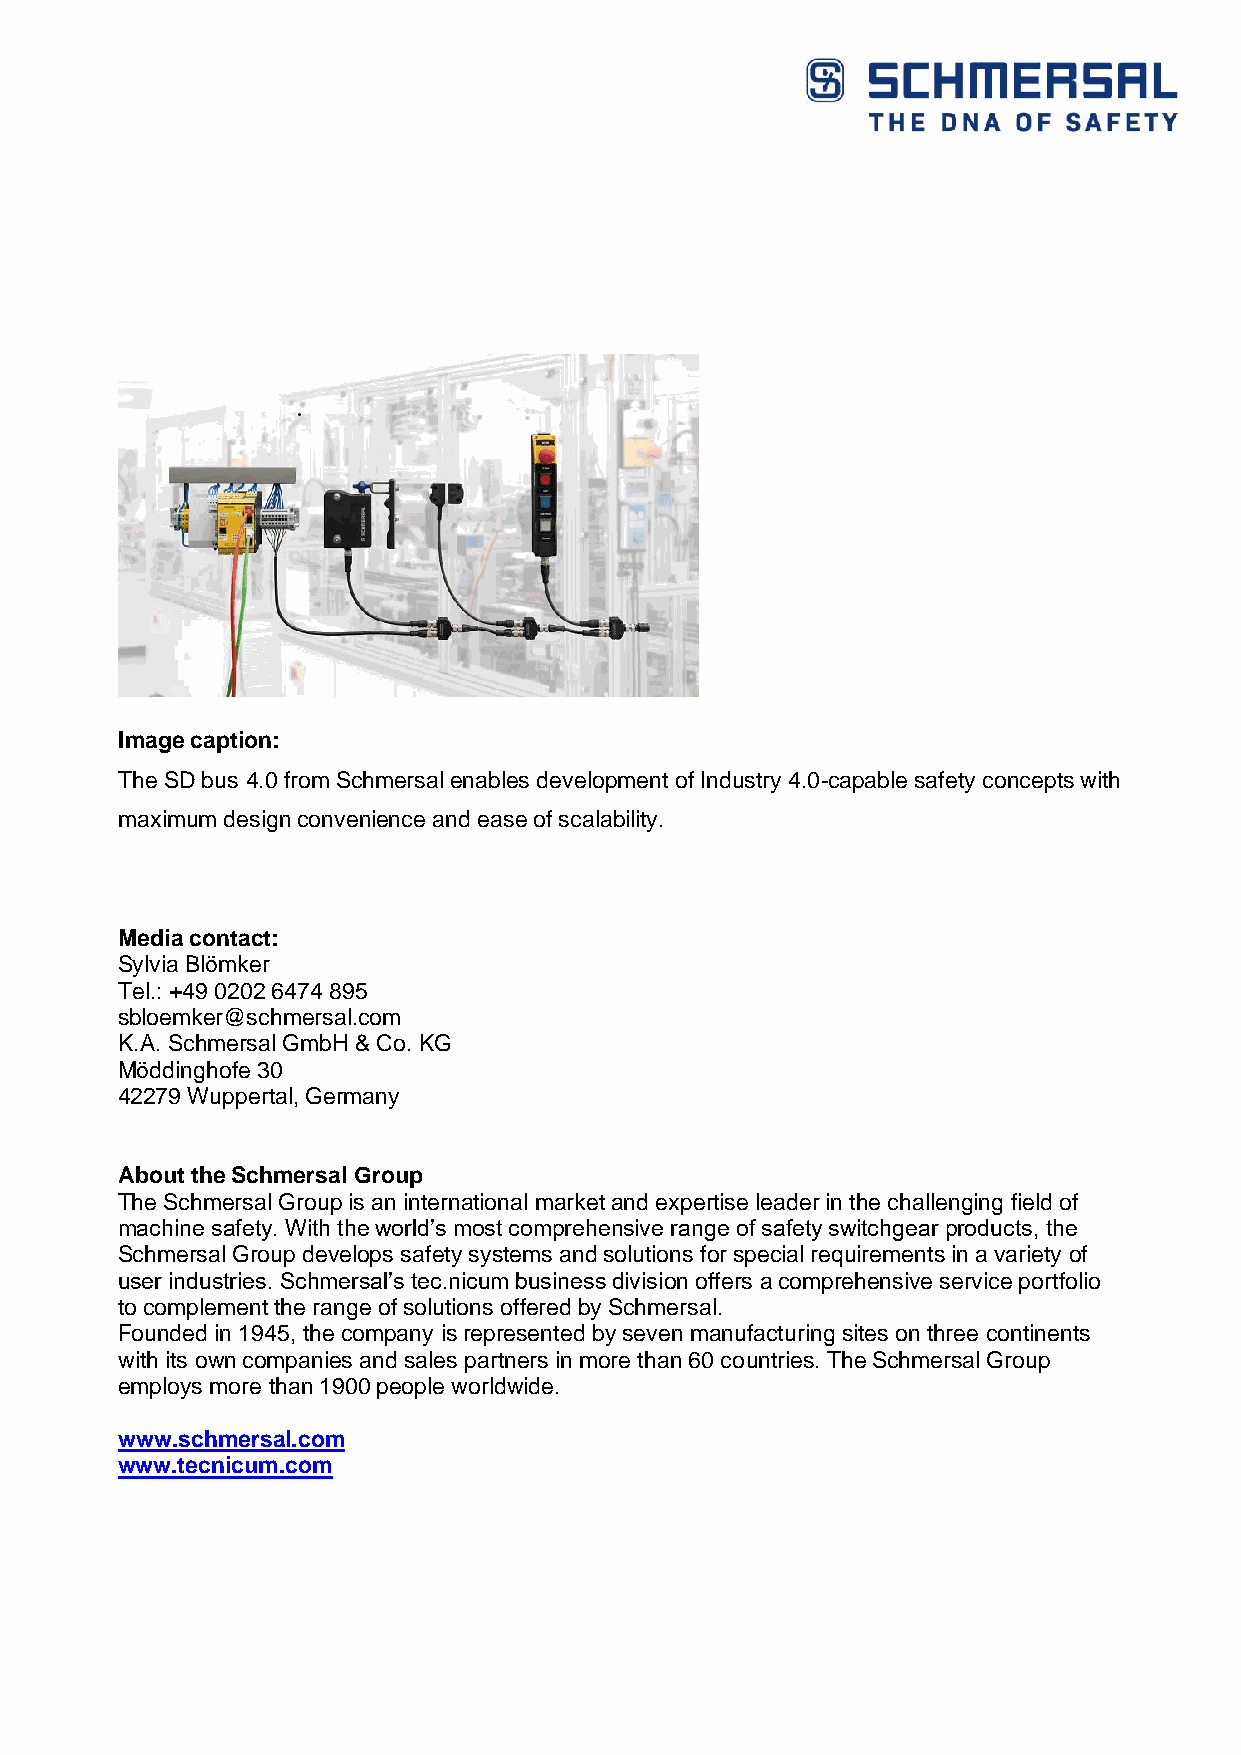
Image caption:
 The SD bus 4.0 from Schmersal enables development of Industry 4.0-capable safety concepts with
 maximum design convenience and ease of scalability.
 Media contact:
 Sylvia Blömker
 Tel.: +49 0202 6474 895
 sbloemker@schmersal.com
 K.A. Schmersal GmbH & Co. KG
 Möddinghofe 30
 42279 Wuppertal, Germany
 About the Schmersal Group
 The Schmersal Group is an international market and expertise leader in the challenging field of
 machine safety. With the world’s most comprehensive range of safety switchgear products, the
 Schmersal Group develops safety systems and solutions for special requirements in a variety of
 user industries. Schmersal’s tec.nicum business division offers a comprehensive service portfolio
 to complement the range of solutions offered by Schmersal.
 Founded in 1945, the company is represented by seven manufacturing sites on three continents
 with its own companies and sales partners in more than 60 countries. The Schmersal Group
 employs more than 1900 people worldwide.
 www.schmersal.com
 www.tecnicum.com